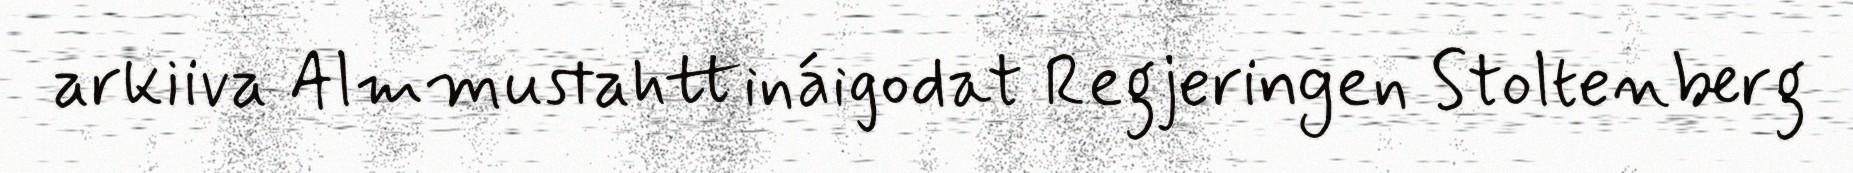
arkiiva Almmustahttináigodat Regjeringen Stoltenberg